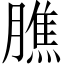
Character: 膲